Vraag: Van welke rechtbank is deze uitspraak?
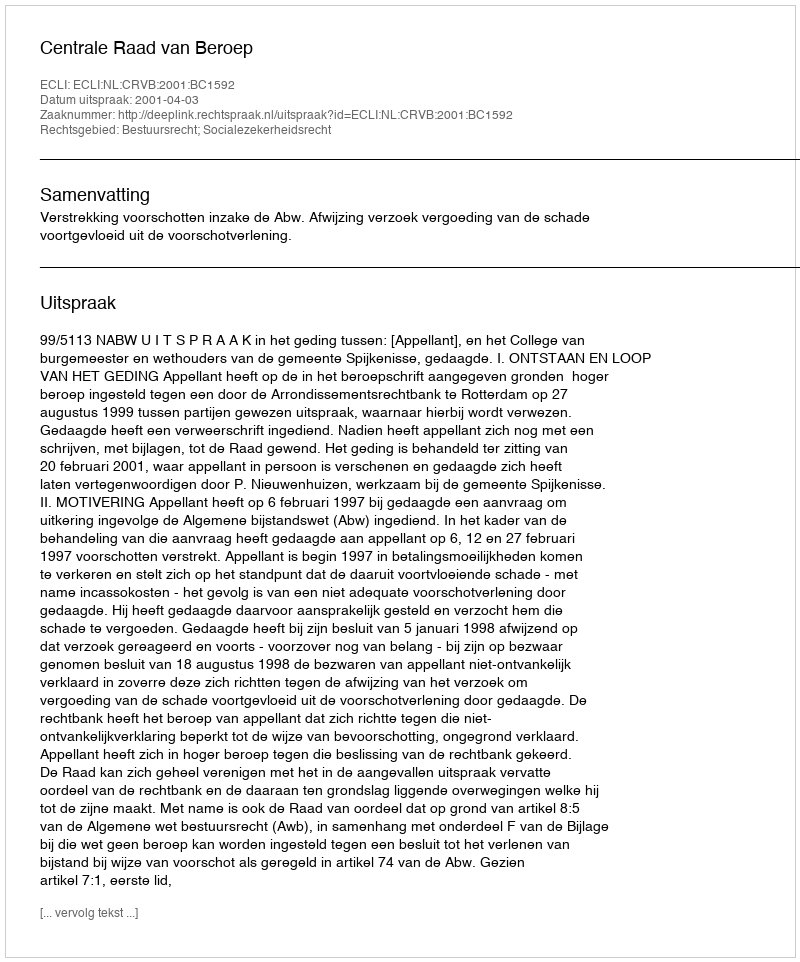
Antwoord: Centrale Raad van Beroep